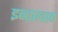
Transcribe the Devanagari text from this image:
इन्ग़लाब